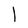
Character: e